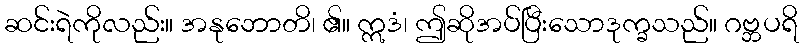
ဆင်းရဲကိုလည်း။ အနုဘောတိ၊ ၏။ ဣဒံ၊ ဤဆိုအပ်ပြီးသောဒုက္ခသည်။ ဂဗ္ဘပရိ